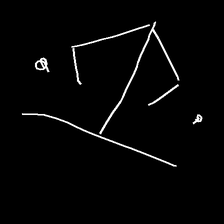
Glyph: earth